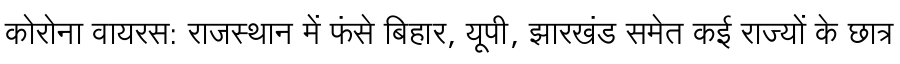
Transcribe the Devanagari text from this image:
कोरोना वायरस: राजस्थान में फंसे बिहार, यूपी, झारखंड समेत कई राज्यों के छात्र